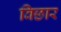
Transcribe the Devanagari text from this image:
विछार